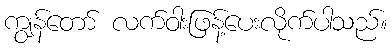
ကျွန်တော် လက်ဝါးဖြန့်ပေးလိုက်ပါသည်။